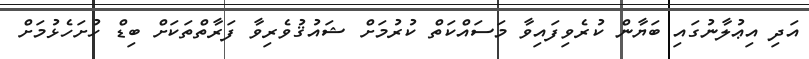
އަދި އިޢުލާނުގައި ބަޔާން ކުރެވިފައިވާ މަސައްކަތް ކުރުމަށް ޝައުޤުވެރިވާ ފަރާތްތަކަށް ބިޑް ހުށަހެޅުމަށް